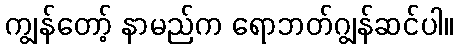
ကျွန်တော့် နာမည်က ရောဘတ်ဂျွန်ဆင်ပါ။